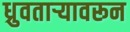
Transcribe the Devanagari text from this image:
ध्रुवताऱ्यावरून